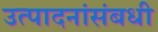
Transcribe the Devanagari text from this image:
उत्पादनांसंबधी